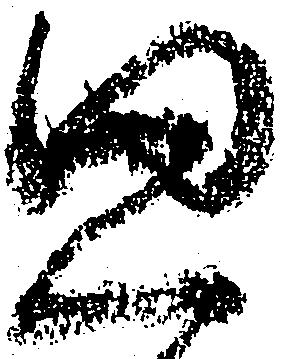
思